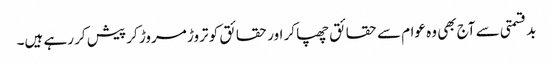
بدقسمتی سے آج بھی وہ عوام سے حقائق چھپا کر اور حقائق کو تروڑ مروڑ کر پیش کر رہے ہیں۔